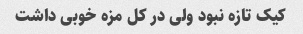
کیک تازه نبود ولی در کل مزه خوبی داشت